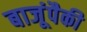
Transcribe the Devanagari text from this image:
बाजूंपैकी